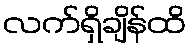
လက်ရှိချိန်ထိ